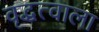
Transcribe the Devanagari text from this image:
वृद्धत्वाला